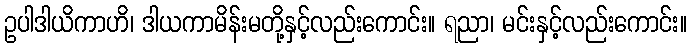
ဥပါဒါယိကာဟိ၊ ဒါယကာမိန်းမတို့နှင့်လည်းကောင်း။ ရညာ၊ မင်းနှင့်လည်းကောင်း။